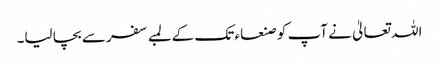
اللہ تعالیٰ نے آپ کو صنعاء تک کے لمبے سفر سے بچا لیا۔